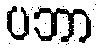
ပဘာ